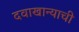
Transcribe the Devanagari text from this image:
दवाखान्याची